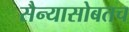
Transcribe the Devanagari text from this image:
सैन्यासोबतच